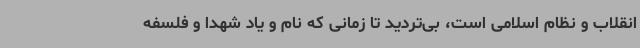
انقلاب و نظام اسلامی است، بی‌تردید تا زمانی که نام و یاد شهدا و فلسفه